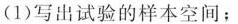
(1)写出试验的样本空间；